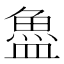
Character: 𬵉